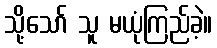
သို့သော် သူ မယုံကြည်ခဲ့။